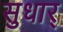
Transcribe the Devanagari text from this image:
सुधार्